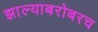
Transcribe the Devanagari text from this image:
झाल्याबरोबरच